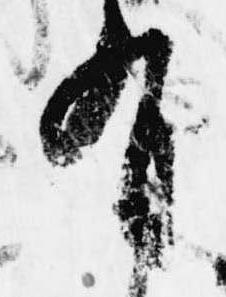
有